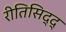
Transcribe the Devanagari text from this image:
रीतिसिद्द्